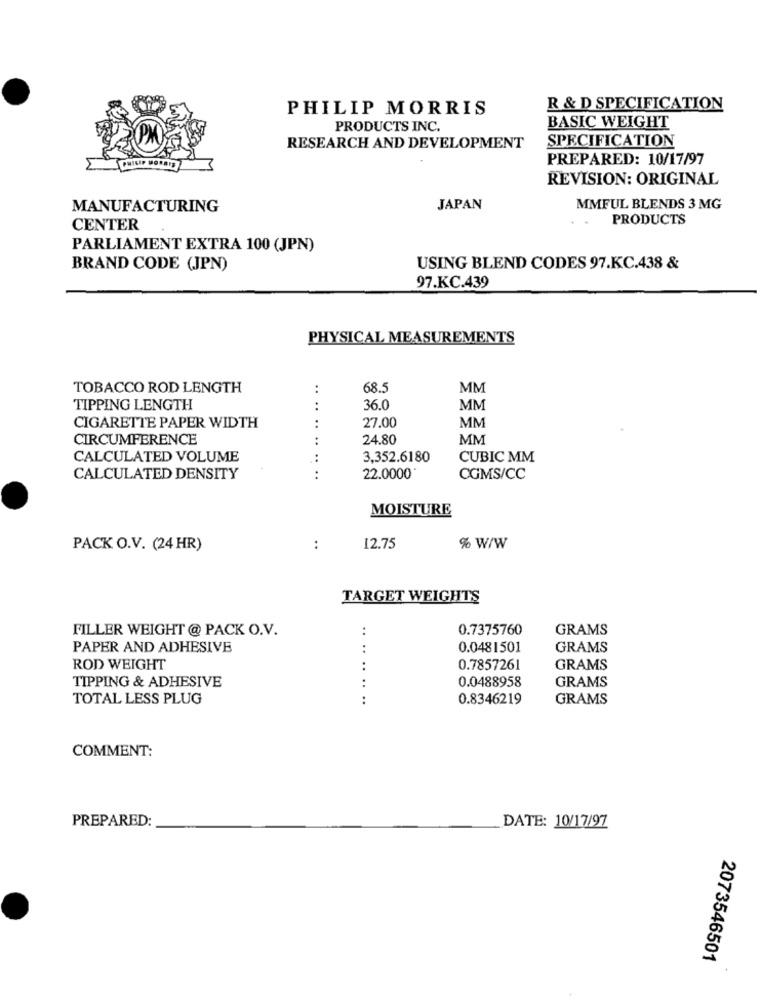
PHILIP MORRIS
R & D SPECIFICATION
PRODUCTS INC.
BASIC WEIGHT
SPECIFICATION
RESEARCH AND DEVELOPMENT
PREPARED: 10/17/97
REVISION: ORIGINAL
MANUFACTURING
JAPAN
MMFUL BLENDS 3 MG
PRODUCTS
CENTER
PARLIAMENT EXTRA 100 (JPN)
BRAND CODE (JPN)
USING BLEND CODES 97.KC.438 &
97.KC.439
PHYSICAL MEASUREMENTS
TOBACCO ROD LENGTH
:
68.5
MM
TIPPING LENGTH
36.0
MM
27.00
MM
CIGARETTE PAPER WIDTH
:
CIRCUMFERENCE
24.80
MM
CALCULATED VOLUME
3,352.6180
CUBIC MM
...........
CALCULATED DENSITY
22.0000*
CGMS/CC
MOISTURE
PACK O.V. (24 HR)
:
12.75
% W/W
TARGET WEIGHTS
FILLER WEIGHT @ PACK O.V.
0.7375760
GRAMS
PAPER AND ADHESIVE
0.0481501
GRAMS
ROD WEIGHT
:
0.7857261
GRAMS
TIPPING & ADHESIVE
0.0488958
GRAMS
TOTAL LESS PLUG
..
0.8346219
GRAMS
COMMENT:
PREPARED:
DATE: 10/17/97
2073546501